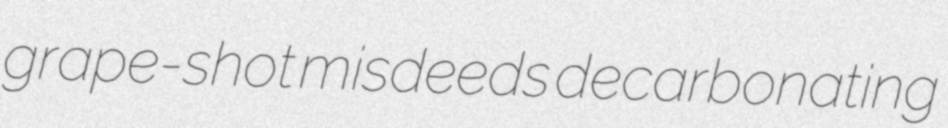
grape-shot misdeeds decarbonating